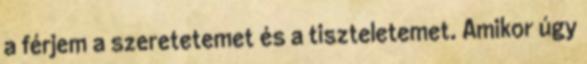
a férjem a szeretetemet és a tiszteletemet. Amikor úgy